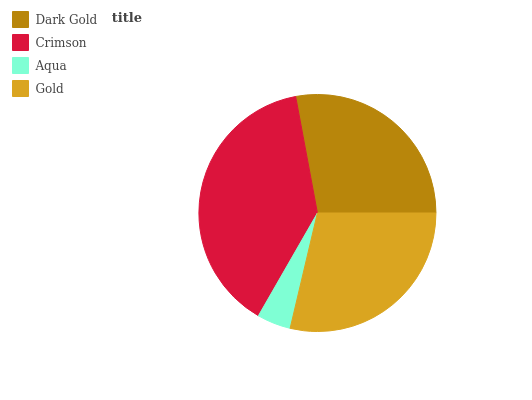
| Dark Gold | Crimson | Aqua | Gold |
 | --- | --- | --- | --- |
 | 27.9% | 38.9% | 4.6% | 28.7% |